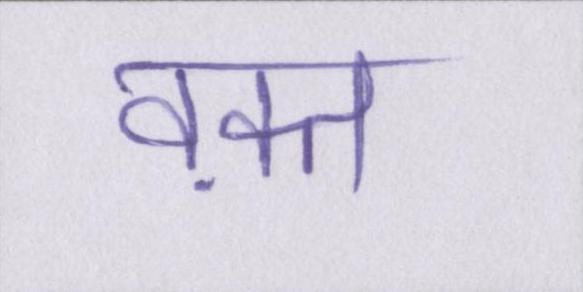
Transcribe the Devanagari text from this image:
वक़्त